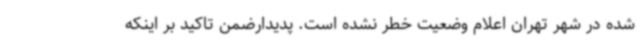
شده در شهر تهران اعلام وضعیت خطر نشده است. پدیدارضمن تاکید بر اینکه